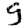
Digit: 9